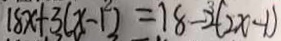
1 8 x + 3 ( x - 1 ) = 1 8 - 2 ( 2 x - 1 )